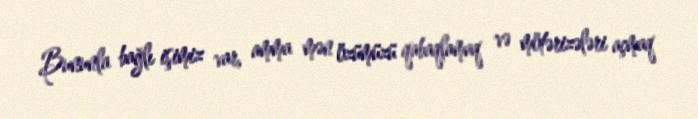
Bununla bağlı işimiz var, amma mən özümüzü qabaqlamaq və mötərizələri açmaq